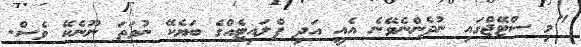
"މި ސްޓޭޖްގައި ނުދެންނެވޭނެ އެއީ އަދި ފްލައިޓެއްގެ ބަޔެކޭ ނުވަތަ ނޫނެކޭ ވެސް.